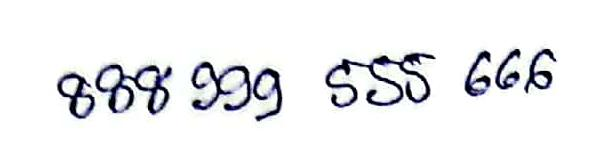
88 99 555 666